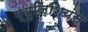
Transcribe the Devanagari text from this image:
म्युज़िशियंस